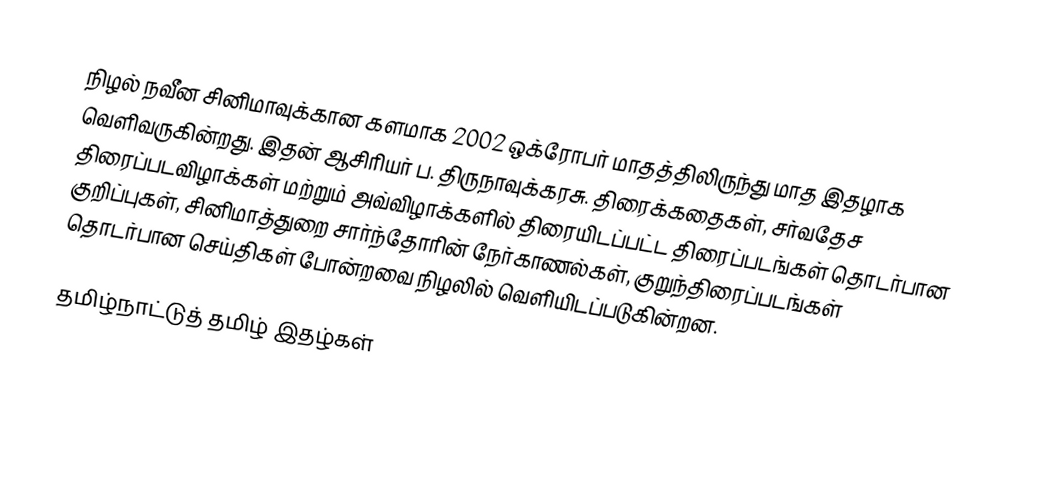
நிழல் நவீன சினிமாவுக்கான களமாக 2002 ஒக்ரோபர் மாதத்திலிருந்து மாத இதழாக வெளிவருகின்றது. இதன் ஆசிரியர் ப. திருநாவுக்கரசு. திரைக்கதைகள், சர்வதேச திரைப்படவிழாக்கள் மற்றும் அவ்விழாக்களில் திரையிடப்பட்ட திரைப்படங்கள் தொடர்பான குறிப்புகள், சினிமாத்துறை சார்ந்தோரின் நேர்காணல்கள், குறுந்திரைப்படங்கள் தொடர்பான செய்திகள் போன்றவை நிழலில் வெளியிடப்படுகின்றன.

தமிழ்நாட்டுத் தமிழ் இதழ்கள்